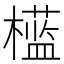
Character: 𣞎